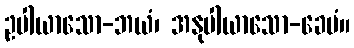
ဥပါယာသော-ဘယံ၊ အနုပါယာသော-ခေမံ။